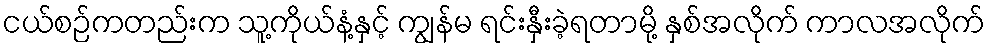
ငယ်စဉ်ကတည်းက သူ့ကိုယ်နံ့နှင့် ကျွန်မ ရင်းနှီးခဲ့ရတာမို့ နှစ်အလိုက် ကာလအလိုက်